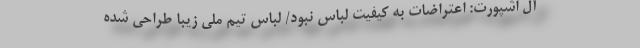
آل اشپورت: اعتراضات به کیفیت لباس نبود/ لباس تیم ملی زیبا طراحی شده